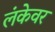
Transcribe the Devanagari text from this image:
लंकेवर